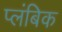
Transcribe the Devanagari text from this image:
प्लंबिक